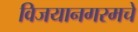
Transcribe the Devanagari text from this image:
विजयानगरमचे